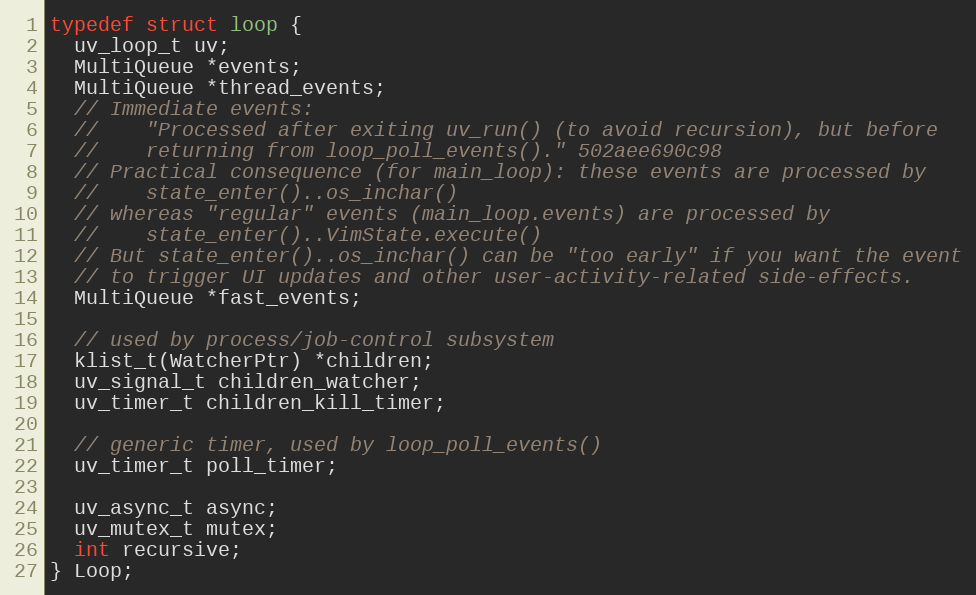
Language: C
typedef struct loop {
  uv_loop_t uv;
  MultiQueue *events;
  MultiQueue *thread_events;
  // Immediate events:
  //    "Processed after exiting uv_run() (to avoid recursion), but before
  //    returning from loop_poll_events()." 502aee690c98
  // Practical consequence (for main_loop): these events are processed by
  //    state_enter()..os_inchar()
  // whereas "regular" events (main_loop.events) are processed by
  //    state_enter()..VimState.execute()
  // But state_enter()..os_inchar() can be "too early" if you want the event
  // to trigger UI updates and other user-activity-related side-effects.
  MultiQueue *fast_events;

  // used by process/job-control subsystem
  klist_t(WatcherPtr) *children;
  uv_signal_t children_watcher;
  uv_timer_t children_kill_timer;

  // generic timer, used by loop_poll_events()
  uv_timer_t poll_timer;

  uv_async_t async;
  uv_mutex_t mutex;
  int recursive;
} Loop;